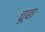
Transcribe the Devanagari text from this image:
चूबा